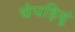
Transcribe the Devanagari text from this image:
चेपड़ियूं